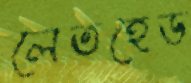
লেতহেড